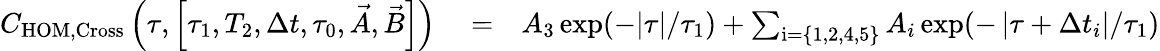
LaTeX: \begin{array}{rlr}{C_{\mathrm{HOM,Cross}}\left(\tau,\left[\tau_{1},T_{2},\Delta t,\tau_{0},\vec{A},\vec{B}\right]\right)}&{{}=}&{A_{3}\exp(-|\tau|/\tau_{1})+\sum_{\mathrm{i}=\{ 1,2,4,5\} }A_{i}\exp(-\left|\tau+\Delta t_{i}\right|/\tau_{1})}\end{array}